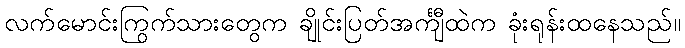
လက်မောင်းကြွက်သားတွေက ချိုင်းပြတ်အင်္ကျီထဲက ခုံးရုန်းထနေသည်။